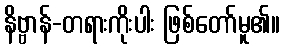
နိဗ္ဗာန်-တရားကိုးပါး ဖြစ်တော်မူ၏။